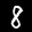
Label: 8